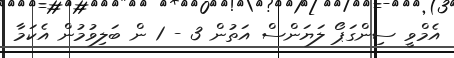
އެމްވީ ސިންގަޕޯ ލަޔަންސް އަތުން 3 - 1 ން ބަލިވުމުން އެކަމާ